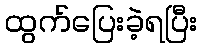
ထွက်ပြေးခဲ့ရပြီး